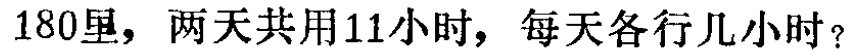
180里，两天共用11小时，每天各行几小时？